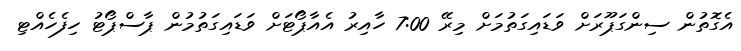
އެގޮތުން ސިންގަޕޫރަށް ވަޑައިގަތުމަށް މިރޭ 7:00 ހާއިރު އެއާޕޯޓަށް ވަޑައިގަތުމުން ޕާސްޕޯޓު ހިފެހެއްޓި